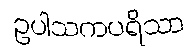
ဥပါသကပရိသာ